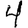
Digit: 4